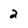
Character: 2